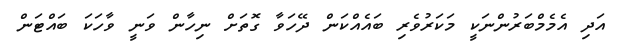
އަދި އެމެމްބަރުންނަކީ މަކަރުވެރި ބައެއްކަން ދޭހަވާ ގޮތަށް ނިހާން ވަނީ ވާހަކަ ބައްޓަން